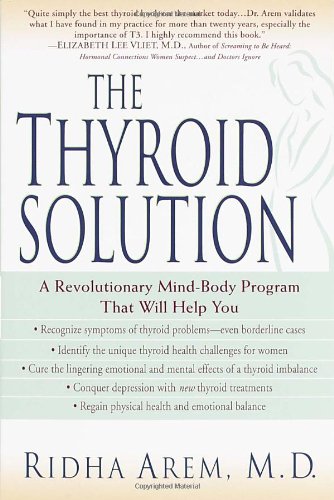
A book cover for The Thyroid Solution: A Revolutionary Mind-Body Program That Will Help You; Arem Ridha; Health, Fitness & Dieting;